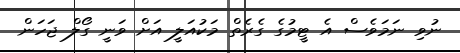
ނުވި ނަމަވެސް އެ ޓީމުގެ ގެރެތް މަކުއަލީ އަށް ވަނީ ގޯލް ޖަހަން